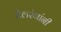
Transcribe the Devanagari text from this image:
तैलरंगांनी